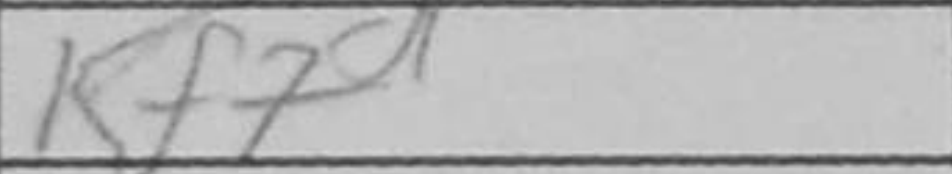
Transcription: Kf7